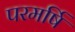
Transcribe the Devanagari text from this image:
परमर्षि